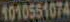
1010551074